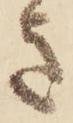
き